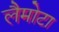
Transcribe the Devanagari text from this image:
लैमोटा